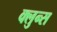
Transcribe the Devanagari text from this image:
क्लुन्स